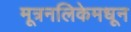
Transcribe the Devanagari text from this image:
मूत्रनलिकेमधून